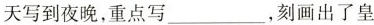
天写到夜晚，重点写___，刻画出了皇